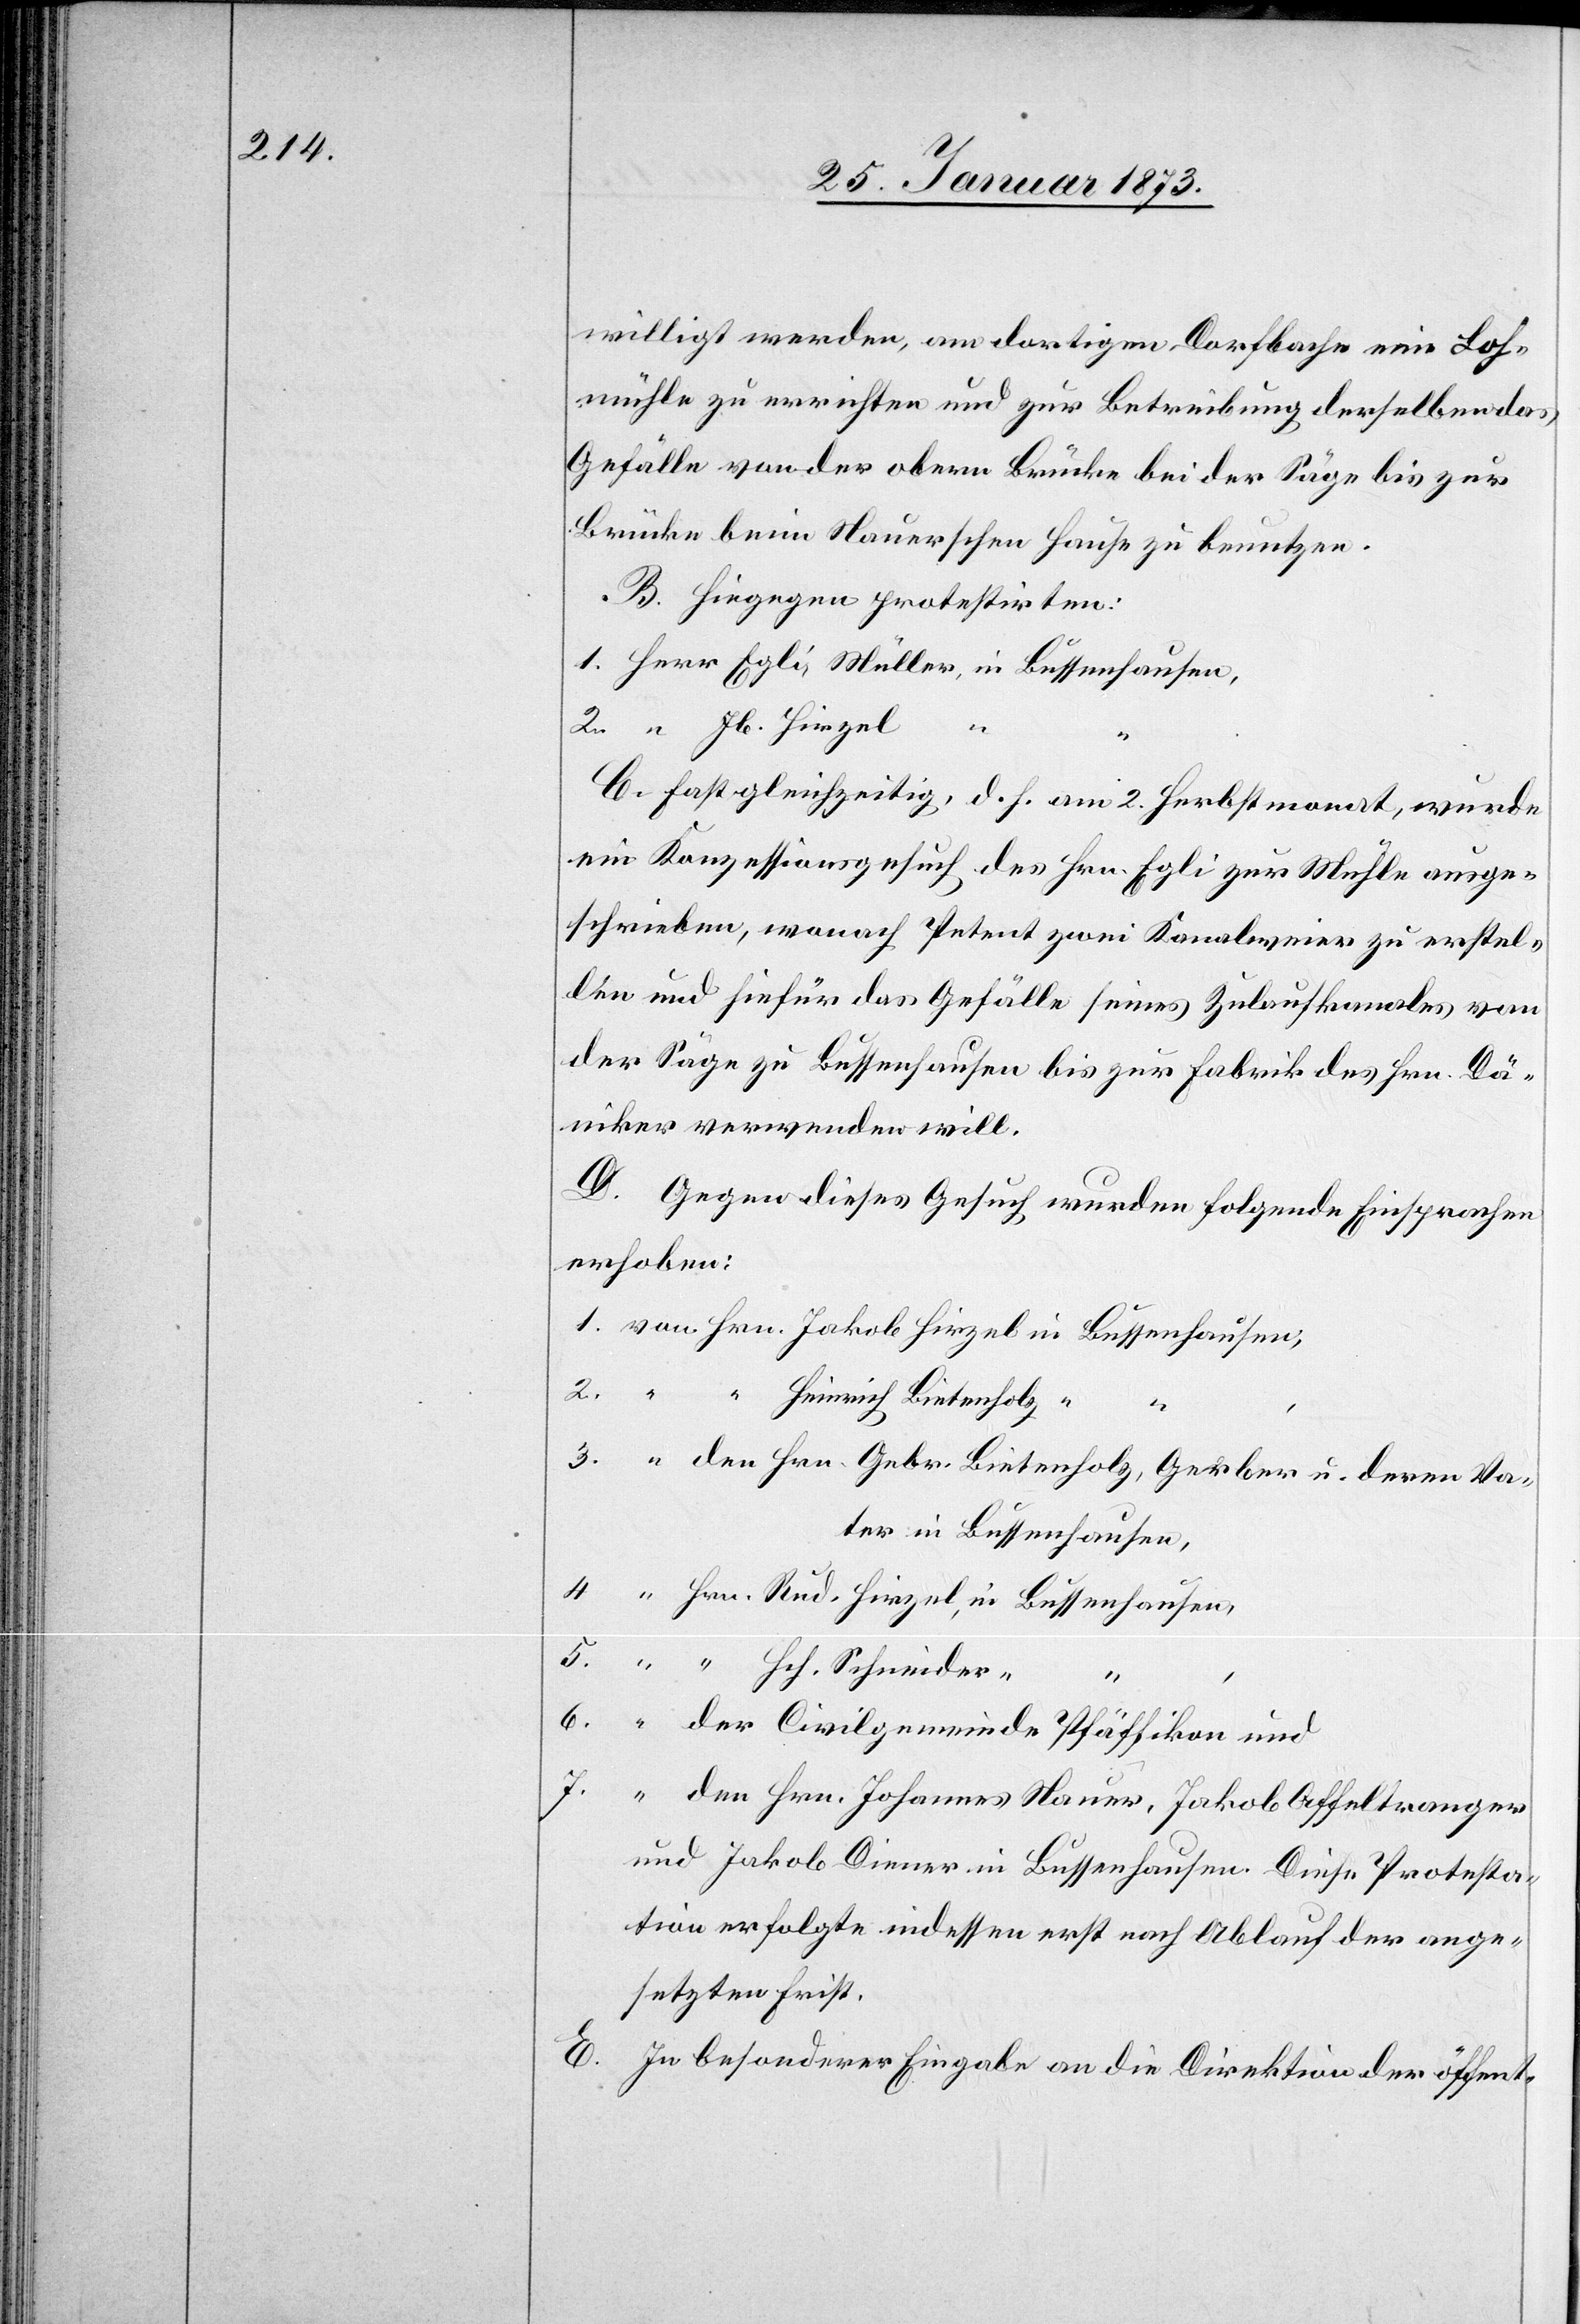
willigt werden, am dortigen Dorfbache eine Loh¬
mühle zu errichten und zur Betreibung derselben das
Gefälle von der obern Brücke bei der Säge bis zur
Brücke beim Hauerschen Hause zu benutzen.
B. Hingegen protestirten:
1. Herr Egli, Müller, in Bussenhausen,
2. “ Jb. Hirzel
“
C. Fast gleichzeitig, d. h. am 2. Herbstmonat, wurde
ein Konzessionsgesuch des Hrn. Egli zur Mühle ausge¬
schrieben, wonach Petent zwei Kanalweier zu erstel¬
len und hiefür das Gefälle seines Zulaufkanals von
der Säge zu Bussenhausen bis zur Fabrik des Hrn. Dä¬
niker verwenden will.
D. Gegen dieses Gesuch wurden folgende Einsprachen
erhoben:
1. von Hrn. Jakob Hirzel in Bussenhausen,
2. “ “ Heinrich Bietenholz “
,
3. “ den Hrn. Gebr. Bietenholz, Gerber u. deren Va¬
ter in Bussenhausen,
4. “ Hrn. Rud. Hirzel, in Bussenhausen,
5. “ “ Hch. Schneider
“
6. “ der Civilgemeinde Pfäffikon und
7. “ den Hrn. Johannes Hauer, Jakob Affeltranger
und Jakob Diener in Bussenhausen. Diese Protesta¬
tion erfolgte indessen erst nach Ablauf der ange¬
setzten Frist.
E. In besonderer Eingabe an die Direktion der öffent-